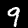
Digit: 9